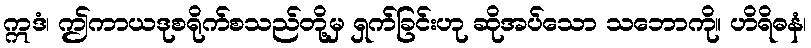
ဣဒံ၊ ဤကာယဒုစရိုက်စသည်တို့မှ ရှက်ခြင်းဟု ဆိုအပ်သော သဘောကို။ ဟိရိဓနံ၊